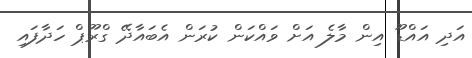
އަދި އައްޑޫ އިން މާލެ އަށް ވައްކަން ކުރަން އެބައާދޭ ގްރޫޕް ހަދާފައި